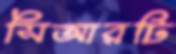
সিআরটি